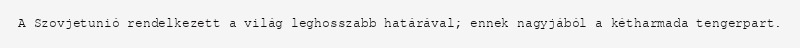
A Szovjetunió rendelkezett a világ leghosszabb határával; ennek nagyjából a kétharmada tengerpart.